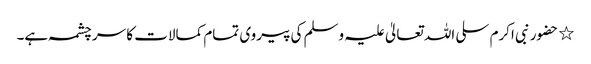
٭ حضور نبی اکرم سلی اللہ تعالیٰ علیہ وسلم کی پیروی تمام کمالات کا سر چشمہ ہے۔